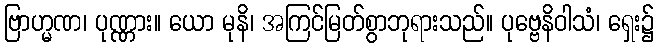
ဗြာဟ္မဏ၊ ပုဏ္ဏား။ ယော မုနိ၊ အကြင်မြတ်စွာဘုရားသည်။ ပုဗ္ဗေနိဝါသံ၊ ရှေး၌